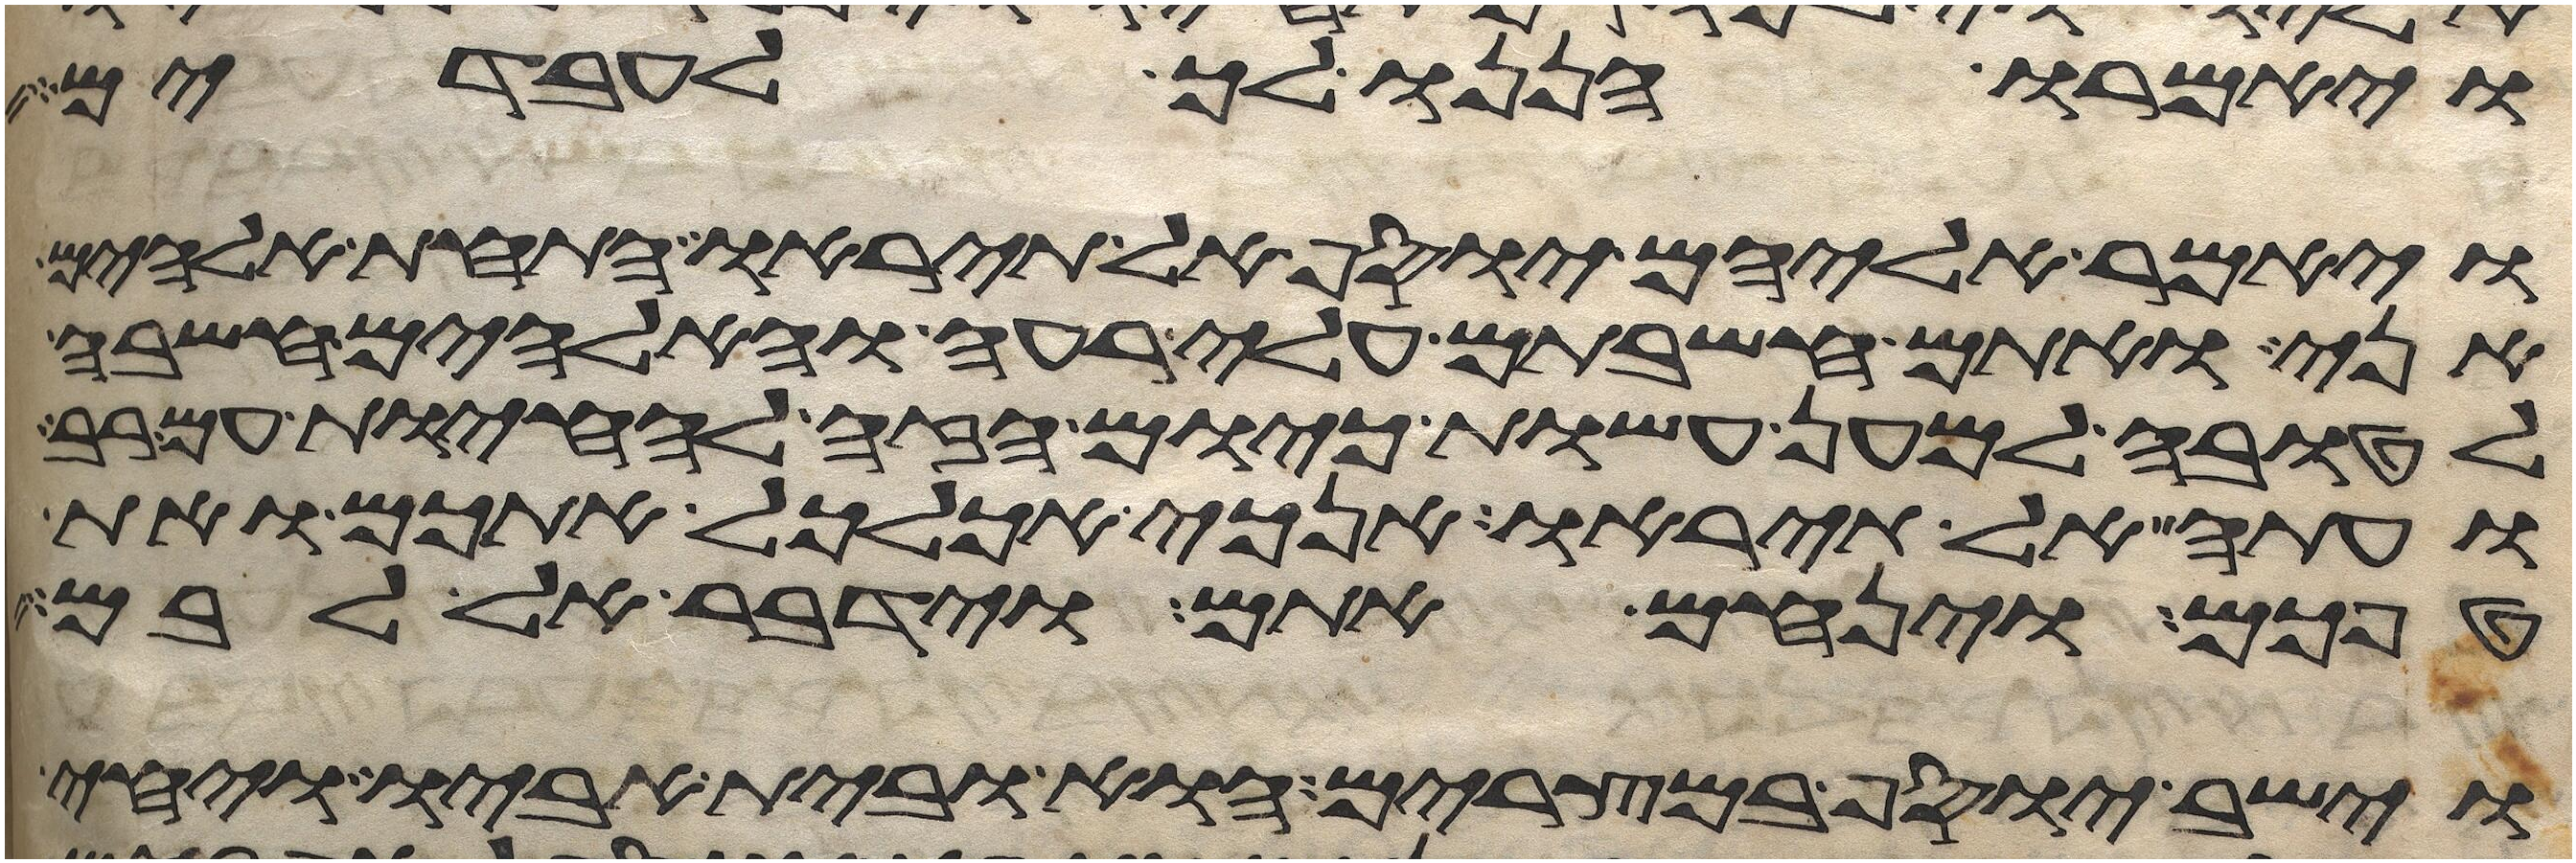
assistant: ויאמרו הננו לך לעבדים
ויאמר אליהם יוסף אל תיראו התחת אלהים
אני אתם חשבתם עלי רעה והאלהים חשבה
לטובה למען עשות כיום הזה להחיות עם רב
ועתה אל תיראו אנכי אכלכל אתכם ואת
טפכם וינחם אתם וידבר אל לבם
וישב יוסף במצרים הוא ובית אביו ויחי